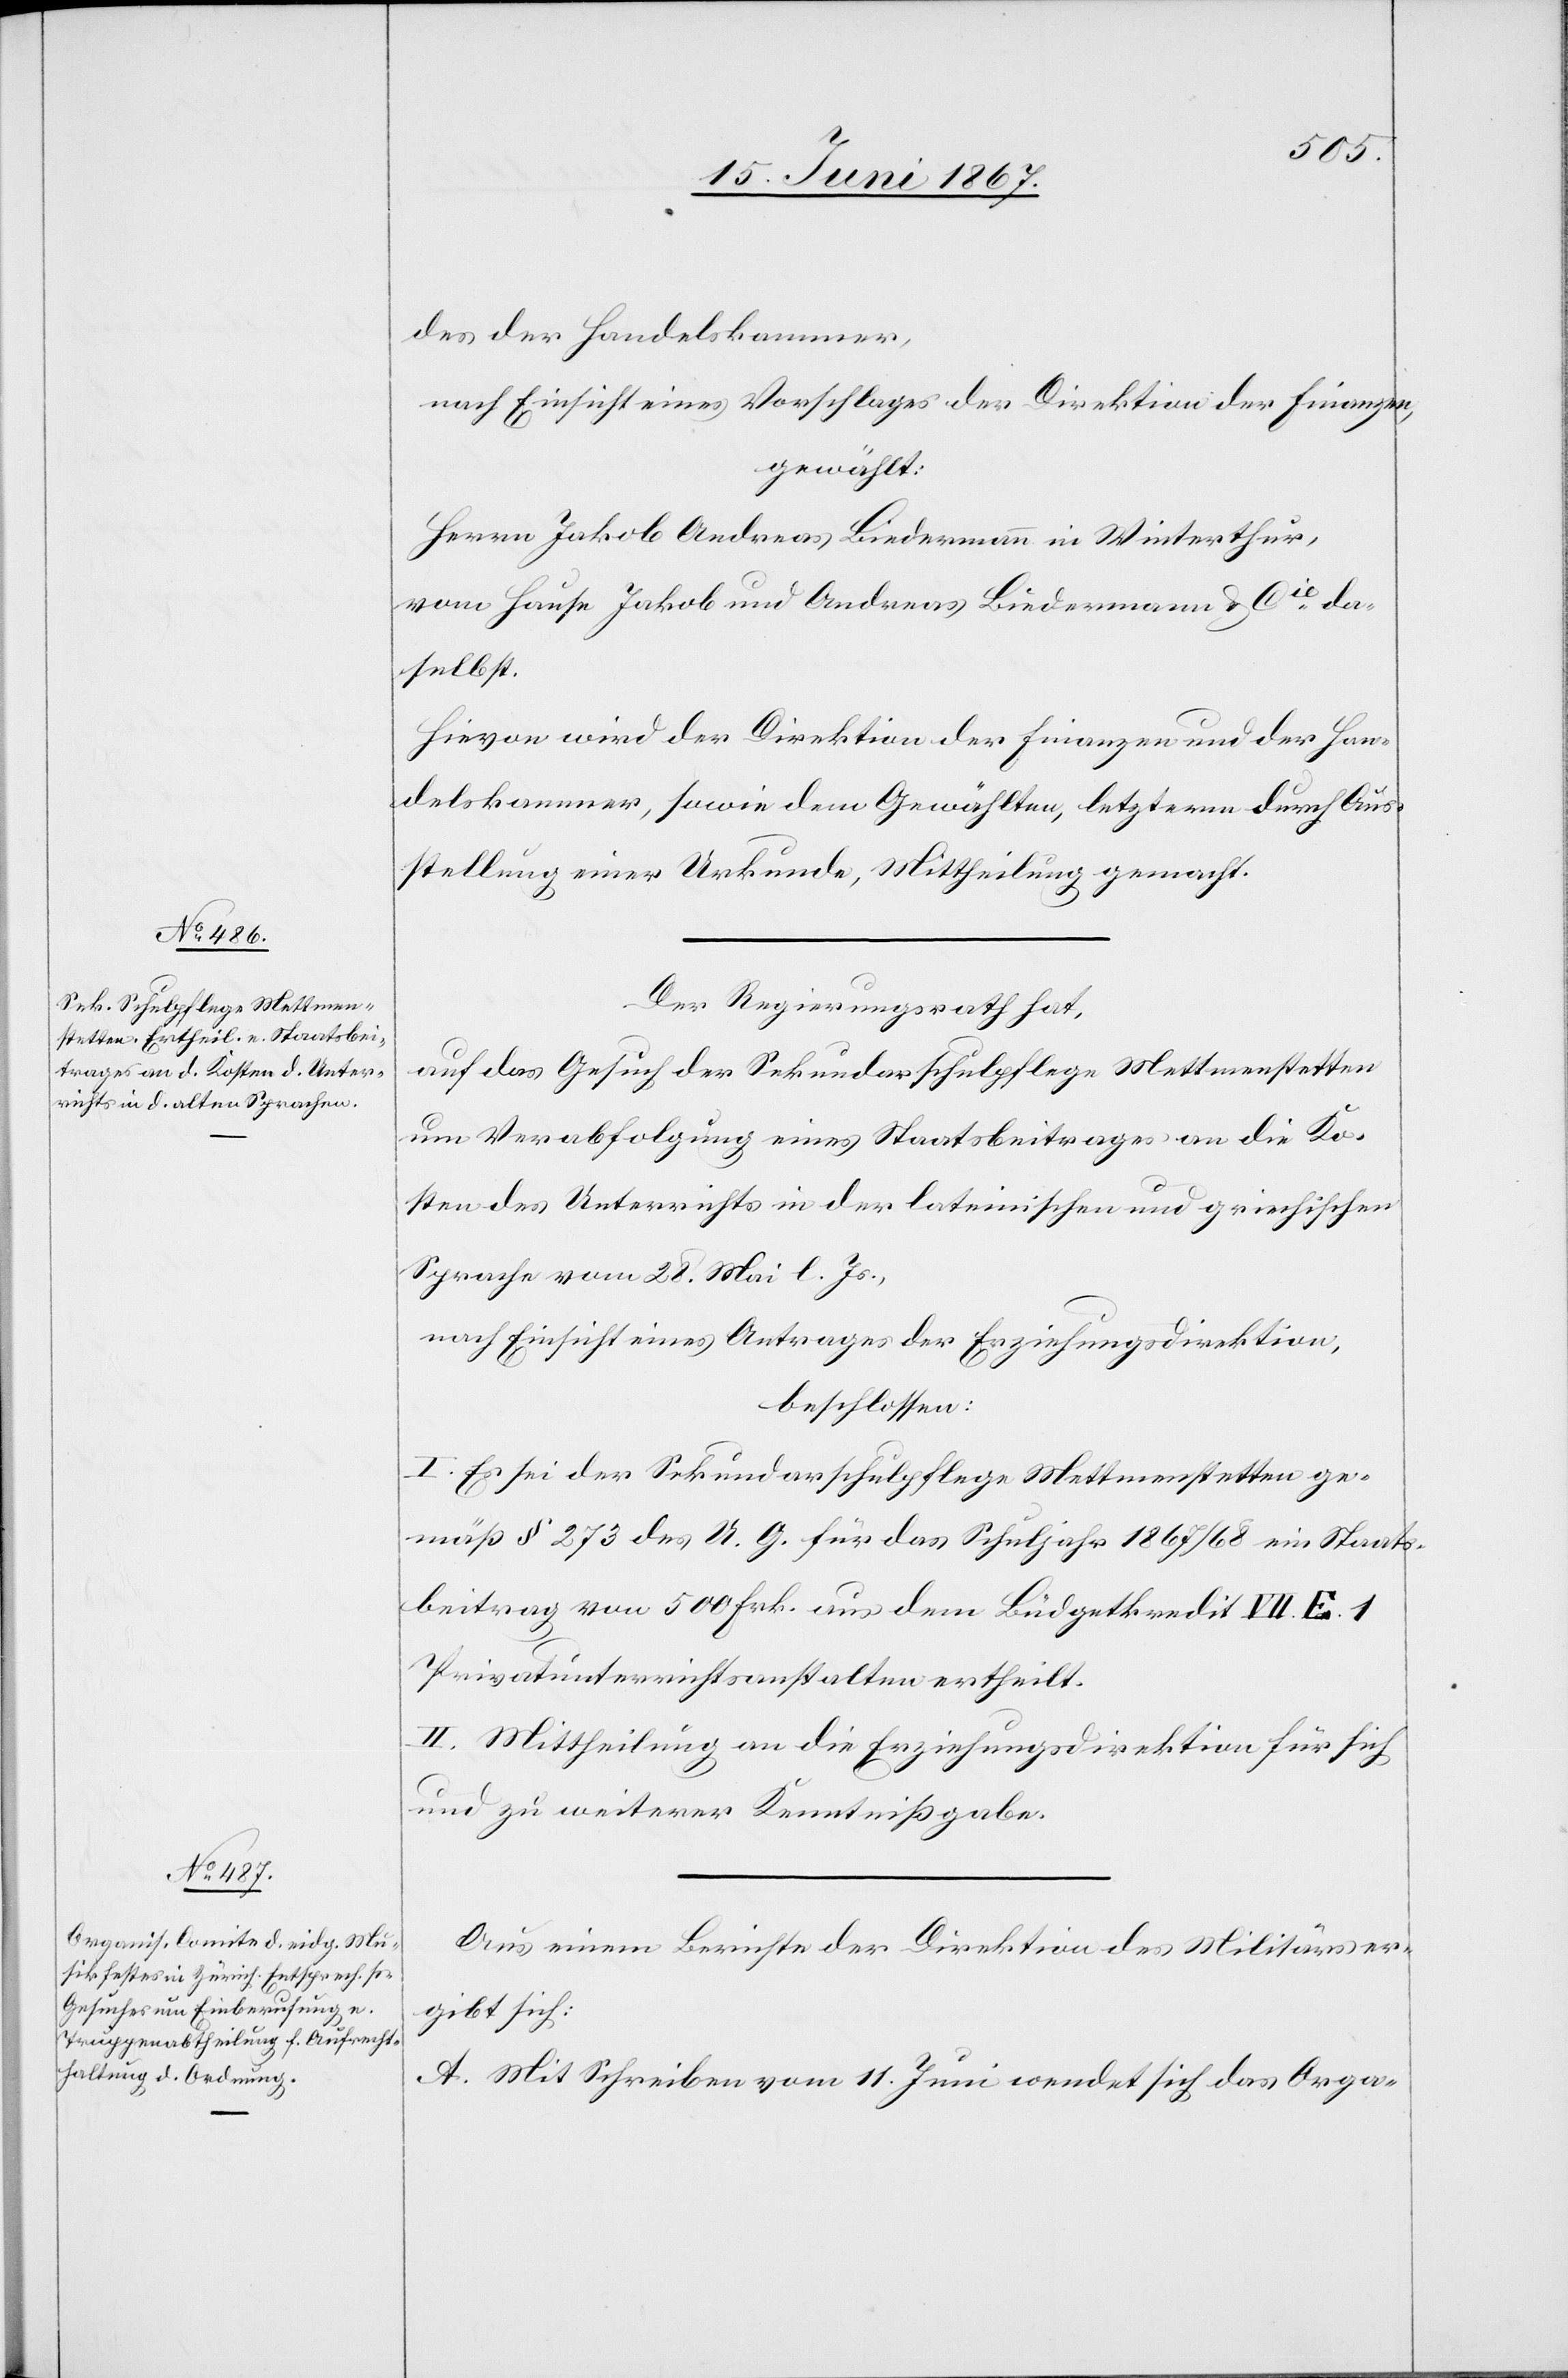
des der Handelskammer,
nach Einsicht eines Antrages der Direktion der Finanzen,
gewählt:
Herrn Jakob Andreas Biedermann in Winterthur,
vom Hause Jakob und Andreas Biedermann u. Cie. da¬
selbst.
Hievon wird der Direktion der Finanzen und der Han¬
delskammer, sowie dem Gewählten, letzterm durch Aus¬
stellung einer Urkunde, Mittheilung gemacht.
Der Regierungsrath hat,
auf das Gesuch der Sekundarschulpflege Mettmenstetten
um Verabfolgung eines Staatsbeitrages an die Ko¬
sten des Unterrichts in der lateinischen und griechischen
Sprache vom 28. Mai l. Js.,
nach Einsicht eines Antrages der Erziehungsdirektion,
beschlossen:
I. Es sei der Sekundarschulpflege Mettmenstetten ge¬
mäß § 273 des U. G. für das Schuljahr 1867/68 ein Staats¬
beitrag von 500 Frk. aus dem Budgetkredit VII. E. 1
Privatunterrichtsanstalten ertheilt.
II. Mittheilung an die Erziehungsdirektion für sich
und zu weiterer Kenntnißgabe.
Aus einem Berichte der Direktion des Militärs er¬
gibt sich:
A. Mit Schreiben vom 11. Juni wendet sich das Orga-